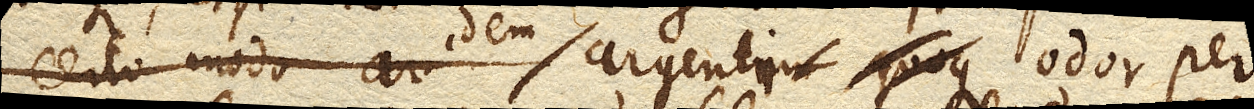
certo modo ar argentum quoque idem argenti odor per